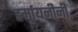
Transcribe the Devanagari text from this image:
हर्मायनीनी